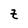
Character: E